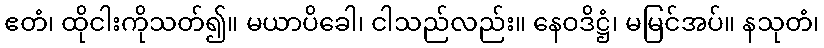
ဧတံ၊ ထိုငါးကိုသတ်၍။ မယာပိခေါ၊ ငါသည်လည်း။ နေဝဒိဋ္ဌံ၊ မမြင်အပ်။ နသုတံ၊